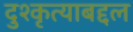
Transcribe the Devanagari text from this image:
दुश्कृत्याबद्दल